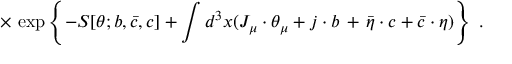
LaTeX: \times \, \exp \left\{ - S [ \theta ; b , { \bar { c } } , c ] + \int d ^ { 3 } x ( J _ { \mu } \cdot \theta _ { \mu } + j \cdot b \, + \, { \bar { \eta } } \cdot c + { \bar { c } } \cdot \eta ) \right\} \; .